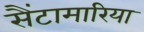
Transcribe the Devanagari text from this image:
सैंटामारिया